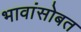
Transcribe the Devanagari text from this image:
भावांसोबत